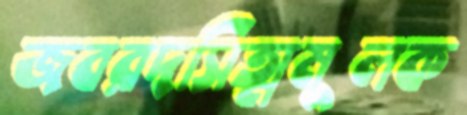
জবরদসিত্মমূলক